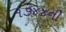
૧૭૪૪ની